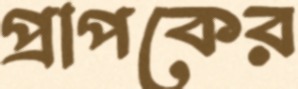
প্রাপকের